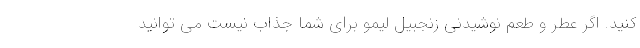
کنید. اگر عطر و طعم نوشیدنی زنجبیل لیمو برای شما جذاب نیست می توانید